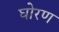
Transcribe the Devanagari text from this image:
घोरण